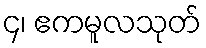
၄၊ ဧကမူလသုတ်